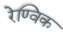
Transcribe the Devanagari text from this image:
रेण्विक